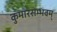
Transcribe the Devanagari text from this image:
कुमारसम्भवम्‌